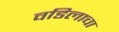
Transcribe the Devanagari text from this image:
वडिलाचा